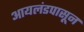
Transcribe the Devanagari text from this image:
आयलंडपासून